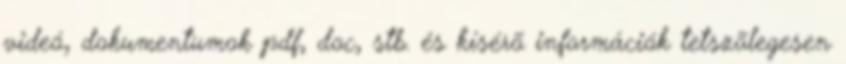
videó, dokumentumok pdf, doc, stb. és kísérõ információk tetszõlegesen